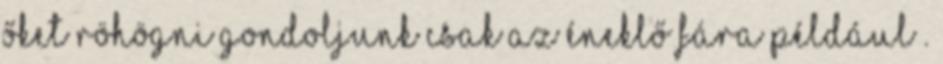
őket röhögni gondoljunk csak az éneklő fára például .